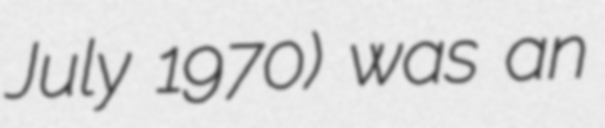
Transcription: July 1970) was an